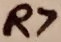
Text: R7